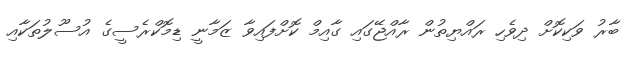
ބާރު ވަކިކޮށް ދިވެހި ރައްޔިތުން ރާއްޖޭގައި ގާއިމް ކޮށްފައިވާ ޒަމާނީ ޑިމޮކްރެސީގެ އުސޫލުތަކާއި